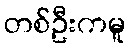
တစ်ဦးကမူ